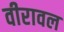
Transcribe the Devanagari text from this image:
वीरावल